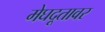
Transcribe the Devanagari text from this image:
मेघदूतावर